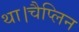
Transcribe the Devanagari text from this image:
था।चैप्लिन